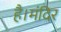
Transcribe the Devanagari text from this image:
है।मंदिर